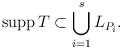
LaTeX: \begin{align*} \operatorname{supp} T \subset \bigcup_{i = 1}^s L_{ P_i }.\end{align*}